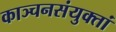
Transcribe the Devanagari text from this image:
काञ्चनसंयुक्तां